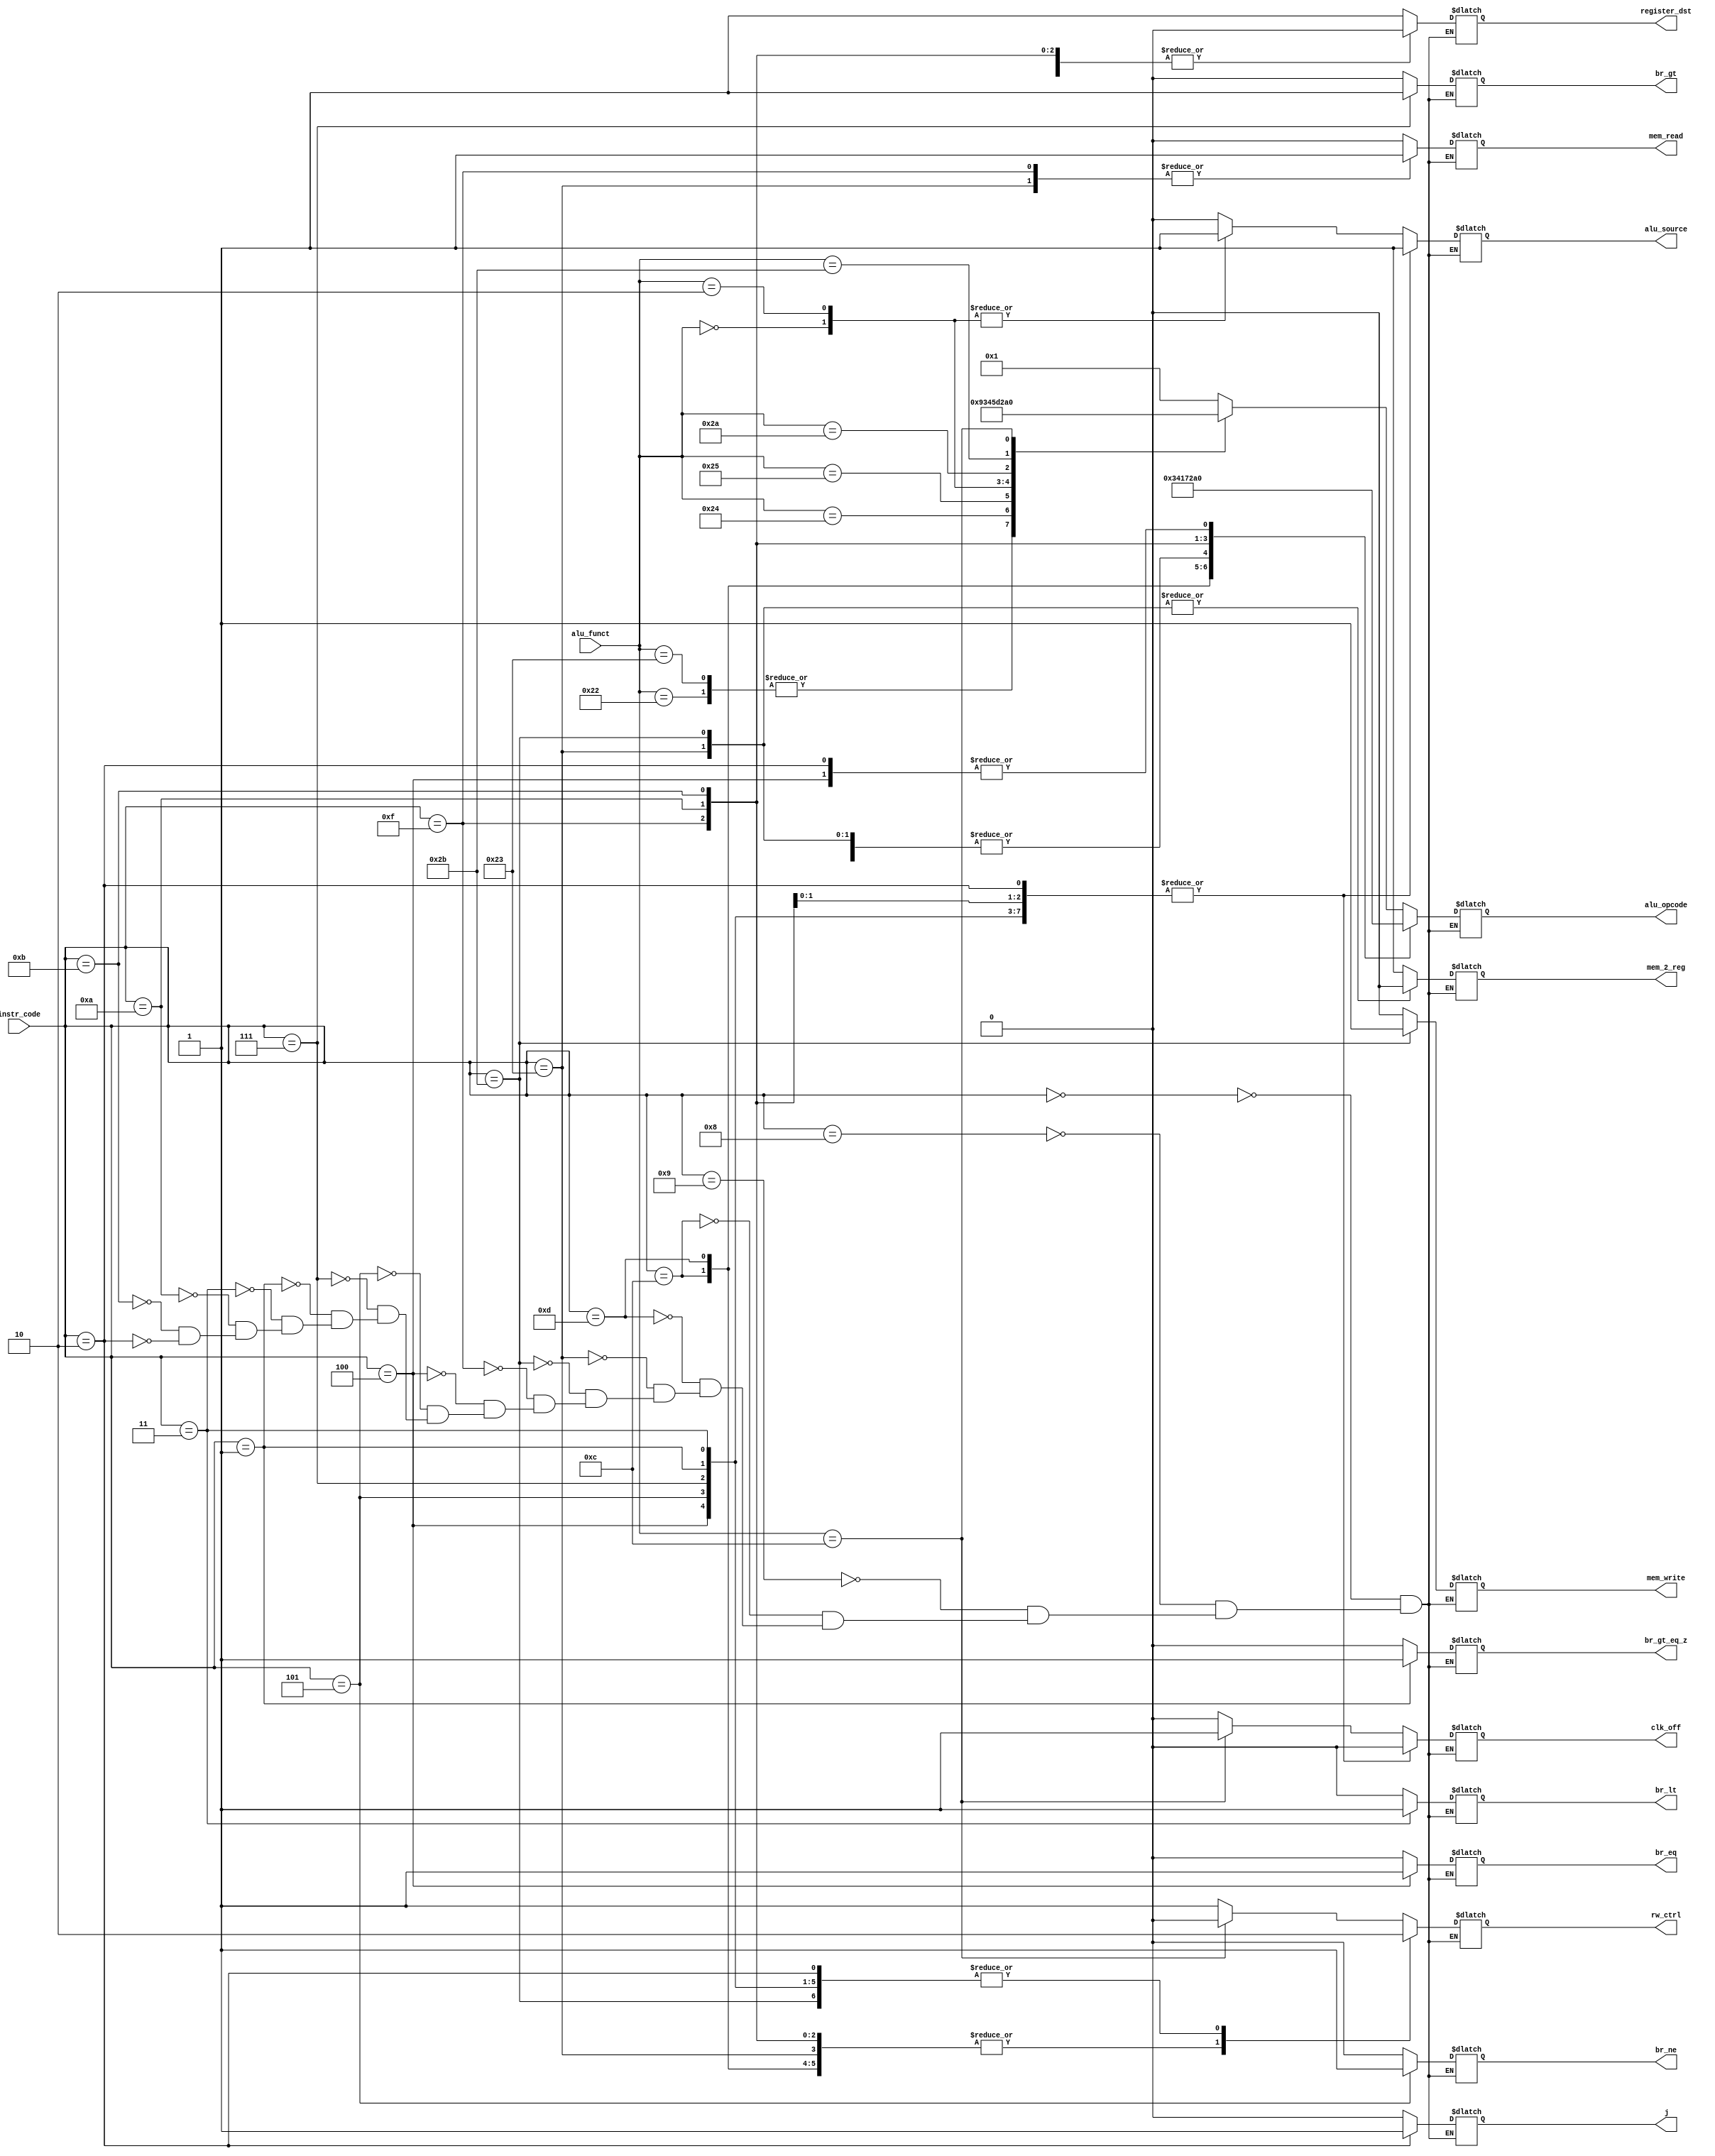
`timescale 1ns / 1ps
//////////////////////////////////////////////////////////////////////////////////
// Company: 
// 
// Design Name:     Controller for MIPS Machine
// Module Name:     MIPS_Control 
// Project Name:    MIPS 16 bit Processor
// Target Devices: 
// Tool versions: 
// Description: 
//              Controller for driving wires (and muxes by extension)
//
// Dependencies: N/A
//
// Revision: 
// Revision 0.01 - File Created
// Additional Comments: 
//
//////////////////////////////////////////////////////////////////////////////////

module MIPS_Control(rw_ctrl, alu_source, alu_opcode, register_dst, br_eq, br_ne, br_gt, br_gt_eq_z, br_lt, j,
				mem_write, mem_read, mem_2_reg, clk_off, instr_code, alu_funct);			
				
	output reg			rw_ctrl, alu_source;
	output reg	[3:0]	alu_opcode;				// 0001=add, 1001=sub, 0011=and, 0100=or, 0101=SLL, 1101=SRL
	output reg			register_dst;
	output reg			br_eq, br_ne, br_gt, br_gt_eq_z, br_lt, j;
	output reg			mem_write, mem_read;
	output reg			mem_2_reg;
	output reg			clk_off;
	
	input		[5:0]	instr_code;
	input		[5:0]	alu_funct;
	
	initial begin
		j = 1'b0;
		clk_off = 1'b0;
	end
	
	parameter	ALU_BASE = 6'b000000, ADDI = 6'b001000, ADDIU = 6'b001001, ANDI = 6'b001100,
				ORI = 6'b001101, LOADW = 6'b100011, STW = 6'b101011, LUI = 6'b001111, BEQ = 6'b000100,
				BNE = 6'b000101, BGTZ = 6'b000111, BGEZ = 6'b000001, BLTZ = 6'b000011, SLTI = 6'b001010, 
				SLTIU = 6'b001011, JUMP = 6'b000010, JAL = 6'b000011;
	
	parameter	ADD = 6'b100000, SUB = 6'b100010, ADDU = 6'b100001, SUBU = 6'b100011, AND = 6'b100100,
				OR = 6'b100101, SLL = 6'b000000, SRL = 6'b000010, SLT = 6'b101010, SLTU = 6'b101011,
				SYSCALL = 6'b001100;
							
	
	
	always@(instr_code or alu_funct) begin
		
		case(instr_code)
			
			ALU_BASE:begin
				case(alu_funct)
					ADD: begin 
						rw_ctrl = 1'b1; alu_source = 1'b0; alu_opcode = 4'b0001; register_dst = 1'b1; 
						br_eq = 1'b0; br_ne = 1'b0; br_gt = 1'b0; br_gt_eq_z = 1'b0; br_lt = 1'b0; j = 1'b0;
						mem_write = 1'b0; mem_read = 1'b0; mem_2_reg = 1'b1; clk_off = 1'b0;
						end
					SUB: begin  
						rw_ctrl = 1'b1; alu_source = 1'b0; alu_opcode = 4'b1001; register_dst = 1'b1; 
						br_eq = 1'b0; br_ne = 1'b0; br_gt = 1'b0; br_gt_eq_z = 1'b0; br_lt = 1'b0; j = 1'b0;
						mem_write = 1'b0; mem_read = 1'b0; mem_2_reg = 1'b1; clk_off = 1'b0;
						end
					ADDU: begin 
						rw_ctrl = 1'b1; alu_source = 1'b0; alu_opcode = 4'b0001; register_dst = 1'b1; 
						br_eq = 1'b0; br_ne = 1'b0; br_gt = 1'b0; br_gt_eq_z = 1'b0; br_lt = 1'b0; j = 1'b0;
						mem_write = 1'b0; mem_read = 1'b0; mem_2_reg = 1'b1; clk_off = 1'b0;
						end
					SUBU: begin  
						rw_ctrl = 1'b1; alu_source = 1'b0; alu_opcode = 4'b1001; register_dst = 1'b1; 
						br_eq = 1'b0; br_ne = 1'b0; br_gt = 1'b0; br_gt_eq_z = 1'b0; br_lt = 1'b0; j = 1'b0;
						mem_write = 1'b0; mem_read = 1'b0; mem_2_reg = 1'b1; clk_off = 1'b0;
						end
					AND: begin  
						rw_ctrl = 1'b1; alu_source = 1'b0; alu_opcode = 4'b0011; register_dst = 1'b1; 
						br_eq = 1'b0; br_ne = 1'b0; br_gt = 1'b0; br_gt_eq_z = 1'b0; br_lt = 1'b0; j = 1'b0;
						mem_write = 1'b0; mem_read = 1'b0; mem_2_reg = 1'b1; clk_off = 1'b0;
						end
					OR: begin  
						rw_ctrl = 1'b1; alu_source = 1'b0; alu_opcode = 4'b0100; register_dst = 1'b1; 
						br_eq = 1'b0; br_ne = 1'b0; br_gt = 1'b0; br_gt_eq_z = 1'b0; br_lt = 1'b0; j = 1'b0;
						mem_write = 1'b0; mem_read = 1'b0; mem_2_reg = 1'b1; clk_off = 1'b0;
						end
					SLL: begin 
						rw_ctrl = 1'b1; alu_source = 1'b1; alu_opcode = 4'b0101; register_dst = 1'b1; 
						br_eq = 1'b0; br_ne = 1'b0; br_gt = 1'b0; br_gt_eq_z = 1'b0; br_lt = 1'b0; j = 1'b0;
						mem_write = 1'b0; mem_read = 1'b0; mem_2_reg = 1'b1; clk_off = 1'b0;
						end
					SRL: begin 
						rw_ctrl = 1'b1; alu_source = 1'b1; alu_opcode = 4'b1101; register_dst = 1'b1; 
						br_eq = 1'b0; br_ne = 1'b0; br_gt = 1'b0; br_gt_eq_z = 1'b0; br_lt = 1'b0; j = 1'b0;
						mem_write = 1'b0; mem_read = 1'b0; mem_2_reg = 1'b1; clk_off = 1'b0;
						end
					SLT: begin  
						rw_ctrl = 1'b1; alu_source = 1'b0; alu_opcode = 4'b0010; register_dst = 1'b1; 
						br_eq = 1'b0; br_ne = 1'b0; br_gt = 1'b0; br_gt_eq_z = 1'b0; br_lt = 1'b0; j = 1'b0;
						mem_write = 1'b0; mem_read = 1'b0; mem_2_reg = 1'b1; clk_off = 1'b0;
						end
					SLTU: begin  
						rw_ctrl = 1'b1; alu_source = 1'b0; alu_opcode = 4'b1010; register_dst = 1'b1; 
						br_eq = 1'b0; br_ne = 1'b0; br_gt = 1'b0; br_gt_eq_z = 1'b0; br_lt = 1'b0; j = 1'b0;
						mem_write = 1'b0; mem_read = 1'b0; mem_2_reg = 1'b1; clk_off = 1'b0;
						end
/*					NOOP: begin  
						rw_ctrl = 1'b0; alu_source = 1'b0; alu_opcode = 4'b0000; register_dst = 1'b1; 
						br_eq = 1'b0; br_ne = 1'b0; br_gt = 1'b0; br_gt_eq_z = 1'b0; br_lt = 1'b0; j = 1'b0;
						mem_write = 1'b0; mem_read = 1'b0; mem_2_reg = 1'b1; clk_off = 1'b0;
					end
*/
					SYSCALL: begin
						rw_ctrl = 1'b0; alu_source = 1'b0; alu_opcode = 4'b0000; register_dst = 1'b1; 
						br_eq = 1'b0; br_ne = 1'b0; br_gt = 1'b0; br_gt_eq_z = 1'b0; br_lt = 1'b0; j = 1'b0;
						mem_write = 1'b0; mem_read = 1'b0; mem_2_reg = 1'b1; clk_off = 1'b1;
						end
						
					default: begin  
						rw_ctrl = 1'bx; alu_source = 1'bx; alu_opcode = 4'bxxxx; register_dst = 1'bx; 
						br_eq = 1'bx; br_ne = 1'bx; br_gt = 1'bx; br_gt_eq_z = 1'bx; br_lt = 1'bx; j = 1'b0;
						mem_write = 1'bx; mem_read = 1'bx; mem_2_reg = 1'bx; clk_off = 1'b0;
						end
				endcase
			end				//END ALU_BASE
			ADDI: begin 
				rw_ctrl = 1'b1; alu_source = 1'b1; alu_opcode = 4'b0001; register_dst = 1'b0; 
				br_eq = 1'b0; br_ne = 1'b0; br_gt = 1'b0; br_gt_eq_z = 1'b0; br_lt = 1'b0; j = 1'b0;
				mem_write = 1'b0; mem_read = 1'b0; mem_2_reg = 1'b1; clk_off = 1'b0;
				end
			ADDIU: begin  
				rw_ctrl = 1'b1; alu_source = 1'b1; alu_opcode = 4'b0001; register_dst = 1'b0; 
				br_eq = 1'b0; br_ne = 1'b0; br_gt = 1'b0; br_gt_eq_z = 1'b0; br_lt = 1'b0; j = 1'b0;
				mem_write = 1'b0; mem_read = 1'b0; mem_2_reg = 1'b1; clk_off = 1'b0;
				end
			ANDI: begin  
				rw_ctrl = 1'b1; alu_source = 1'b1; alu_opcode = 4'b0011; register_dst = 1'b0; 
				br_eq = 1'b0; br_ne = 1'b0; br_gt = 1'b0; br_gt_eq_z = 1'b0; br_lt = 1'b0; j = 1'b0;
				mem_write = 1'b0; mem_read = 1'b0; mem_2_reg = 1'b1; clk_off = 1'b0;
				end
			ORI: begin  
				rw_ctrl = 1'b1; alu_source = 1'b1; alu_opcode = 4'b0100; register_dst = 1'b0; 
				br_eq = 1'b0; br_ne = 1'b0; br_gt = 1'b0; br_gt_eq_z = 1'b0; br_lt = 1'b0; j = 1'b0;
				mem_write = 1'b0; mem_read = 1'b0; mem_2_reg = 1'b1; clk_off = 1'b0;
				end
			LOADW: begin 
				rw_ctrl = 1'b1; alu_source = 1'b1; alu_opcode = 4'b0001; register_dst = 1'b0; 
				br_eq = 1'b0; br_ne = 1'b0; br_gt = 1'b0; br_gt_eq_z = 1'b0; br_lt = 1'b0; j = 1'b0;
				mem_write = 1'b0; mem_read = 1'b1; mem_2_reg = 1'b0; clk_off = 1'b0;
				end
			STW: begin  
				rw_ctrl = 1'b0; alu_source = 1'b1; alu_opcode = 4'b0001; register_dst = 1'b0; 
				br_eq = 1'b0; br_ne = 1'b0; br_gt = 1'b0; br_gt_eq_z = 1'b0; br_lt = 1'b0; j = 1'b0;
				mem_write = 1'b1; mem_read = 1'b0; mem_2_reg = 1'b0; clk_off = 1'b0;
				end
			LUI: begin  
				rw_ctrl = 1'b1; alu_source = 1'b1; alu_opcode = 4'b0111; register_dst = 1'b0; 
				br_eq = 1'b0; br_ne = 1'b0; br_gt = 1'b0; br_gt_eq_z = 1'b0; br_lt = 1'b0; j = 1'b0;
				mem_write = 1'b0; mem_read = 1'b1; mem_2_reg = 1'b1;clk_off = 1'b0;
				end
			BEQ: begin  
				rw_ctrl = 1'b0; alu_source = 1'b1; alu_opcode = 4'b0000; register_dst = 1'b1; 
				br_eq = 1'b1; br_ne = 1'b0; br_gt = 1'b0; br_gt_eq_z = 1'b0; br_lt = 1'b0; j = 1'b0;
				mem_write = 1'b0; mem_read = 1'b0; mem_2_reg = 1'b1; clk_off = 1'b0;
				end
			BNE: begin  
				rw_ctrl = 1'b0; alu_source = 1'b1; alu_opcode = 4'bxxxx; register_dst = 1'b1; 
				br_eq = 1'b0; br_ne = 1'b1; br_gt = 1'b0; br_gt_eq_z = 1'b0; br_lt = 1'b0; j = 1'b0;
				mem_write = 1'b0; mem_read = 1'b0; mem_2_reg = 1'b1; clk_off = 1'b0;
				end
			BGTZ: begin
				rw_ctrl = 1'b0; alu_source = 1'b1; alu_opcode = 4'bxxxx; register_dst = 1'b1; 
				br_eq = 1'b0; br_ne = 1'b0; br_gt = 1'b1; br_gt_eq_z = 1'b0; br_lt = 1'b0; j = 1'b0;
				mem_write = 1'b0; mem_read = 1'b0; mem_2_reg = 1'b1;	clk_off = 1'b0;		
				end
			BGEZ: begin
				rw_ctrl = 1'b0; alu_source = 1'b1; alu_opcode = 4'bxxxx; register_dst = 1'b1; 
				br_eq = 1'b0; br_ne = 1'b0; br_gt = 1'b0; br_gt_eq_z = 1'b1; br_lt = 1'b0; j = 1'b0;
				mem_write = 1'b0; mem_read = 1'b0; mem_2_reg = 1'b1;	clk_off = 1'b0;		
				end
			BLTZ: begin
				rw_ctrl = 1'b0; alu_source = 1'b1; alu_opcode = 4'bxxxx; register_dst = 1'b1; 
				br_eq = 1'b0; br_ne = 1'b0; br_gt = 1'b0; br_gt_eq_z = 1'b0; br_lt = 1'b1; j = 1'b0;
				mem_write = 1'b0; mem_read = 1'b0; mem_2_reg = 1'b1;	clk_off = 1'b0;		
				end
			SLTI: begin  
				rw_ctrl = 1'b1; alu_source = 1'b1; alu_opcode = 4'b0010; register_dst = 1'b0; 
				br_eq = 1'b0; br_ne = 1'b0; br_gt = 1'b0; br_gt_eq_z = 1'b0; br_lt = 1'b0; j = 1'b0;
				mem_write = 1'b0; mem_read = 1'b0; mem_2_reg = 1'b1; clk_off = 1'b0;
				end
			SLTIU: begin 
				rw_ctrl = 1'b1; alu_source = 1'b1; alu_opcode = 4'b1010; register_dst = 1'b0; 
				br_eq = 1'b0; br_ne = 1'b0; br_gt = 1'b0; br_gt_eq_z = 1'b0; br_lt = 1'b0; j = 1'b0;
				mem_write = 1'b0; mem_read = 1'b0; mem_2_reg = 1'b1; clk_off = 1'b0;
				end
			JUMP: begin 
				rw_ctrl = 1'b0; alu_source = 1'b1; alu_opcode = 4'b0000; register_dst = 1'b1; 
				br_eq = 1'b0; br_ne = 1'b0; br_gt = 1'b0; br_gt_eq_z = 1'b0; br_lt = 1'b0;  j = 1'b1;
				mem_write = 1'b0; mem_read = 1'b0; mem_2_reg = 1'b1; clk_off = 1'b0;
				end
			/*JAL: begin   end
			*/
			default: begin   end
		endcase
	
	end

endmodule